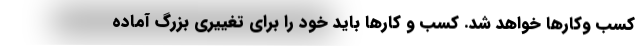
کسب وکارها خواهد شد. کسب و کارها باید خود را برای تغییری بزرگ آماده